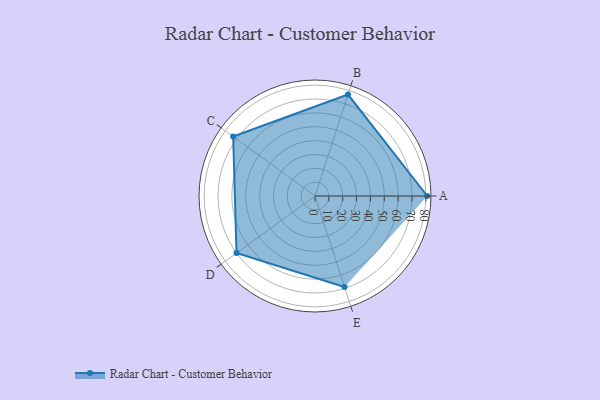
{"axis": {"x": "Skill", "y": "Score"}, "legend": ["Profile"], "data": [{"x": "A", "y": 81.0, "type": "Profile"}, {"x": "B", "y": 77.0, "type": "Profile"}, {"x": "C", "y": 73.0, "type": "Profile"}, {"x": "D", "y": 70.0, "type": "Profile"}, {"x": "E", "y": 69.0, "type": "Profile"}]}